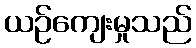
ယဉ်ကျေးမှုသည်